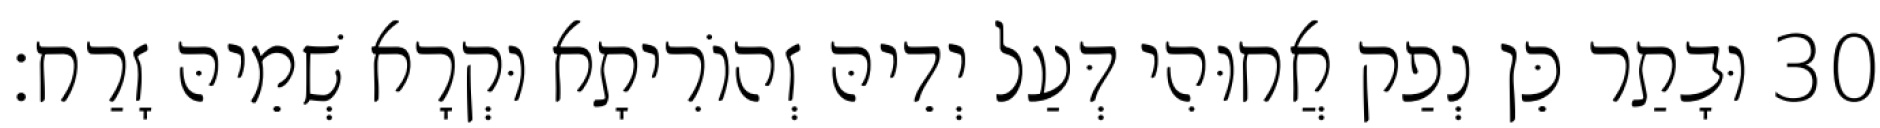
30 וּבָתַר כֵּן נְפַק אֲחוּהִי דְּעַל יְדֵיהּ זְהוֹרִיתָא וּקְרָא שְׁמֵיהּ זָרַח׃